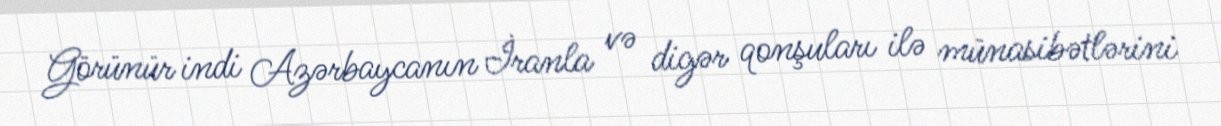
Görünür indi Azərbaycanın İranla və digər qonşuları ilə münasibətlərini